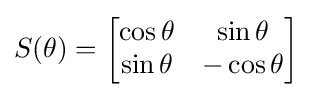
S(\theta )={\begin{bmatrix}\cos \theta &\sin \theta \\\sin \theta &-\cos \theta \\\end{bmatrix}}